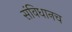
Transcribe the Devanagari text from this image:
संविधानच